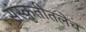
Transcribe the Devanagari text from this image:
संस्कृतीतलेच